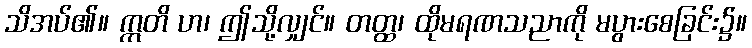
သိအပ်၏။ ဣတိ ဟ၊ ဤသို့လျှင်။ တတ္ထ၊ ထိုမရဏသညာကို မပွားစေခြင်း၌။